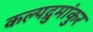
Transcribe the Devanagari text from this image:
कल्पद्रुमांकुर